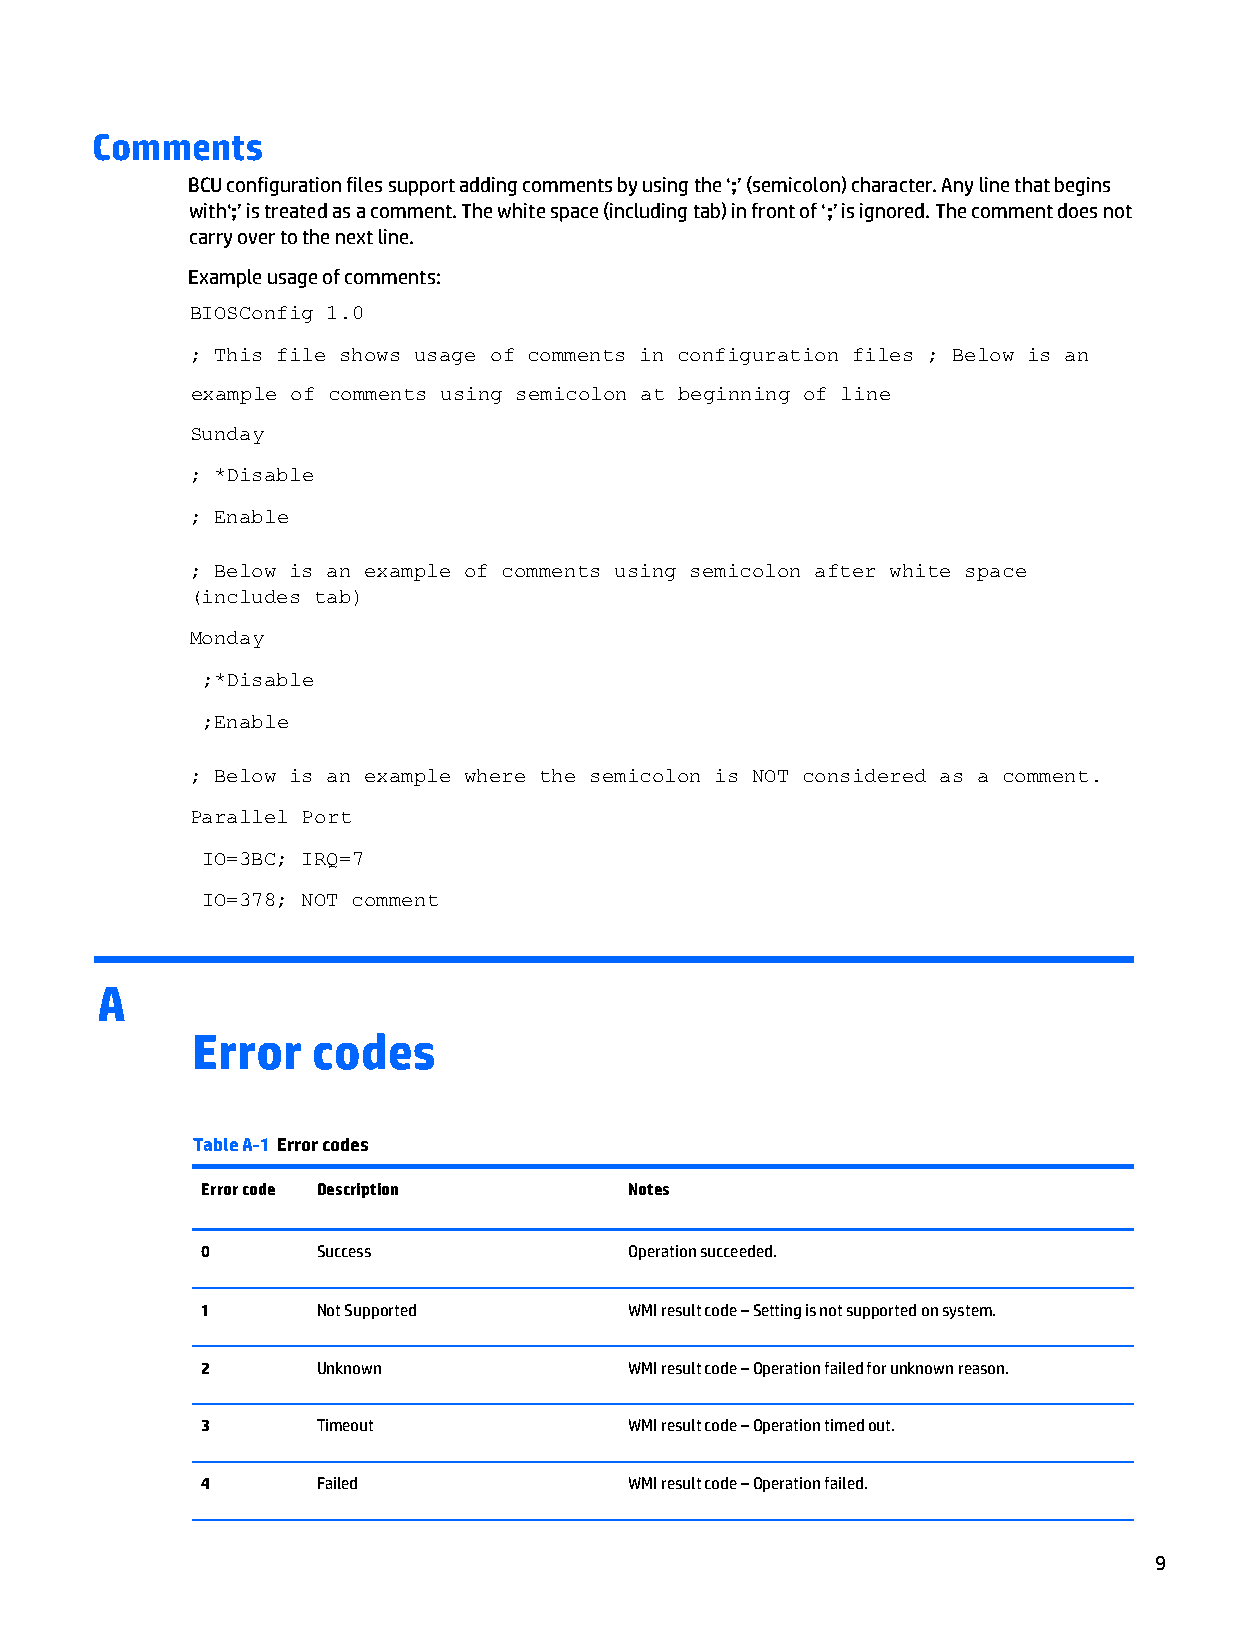
Comments
 BCU configuration files support adding comments by using the ‘;’ (semicolon) character. Any line that begins
 with‘;’ is treated as a comment. The white space (including tab) in front of ‘;’ is ignored. The comment does not
 carry over to the next line.
 Example usage of comments:
 BIOSConfig 1.0
 ; This file shows usage of comments in configuration files ; Below is an
 example of comments using semicolon at beginning of line
 Sunday
 ; *Disable
 ; Enable
 ; Below is an example of comments using semicolon after white space
 (includes tab)
 Monday
 ;*Disable
 ;Enable
 ; Below is an example where the semicolon is NOT considered as a comment.
 Parallel Port
 IO=3BC; IRQ=7
 IO=378; NOT comment
 A
 Error   codes
 Table A-1 Error codes
 Error code Description       Notes
 0       Success              Operation succeeded.
 1       Not Supported        WMI result code – Setting is not supported on system.
 2       Unknown              WMI result code – Operation failed for unknown reason.
 3       Timeout              WMI result code – Operation timed out.
 4       Failed               WMI result code – Operation failed.
 9